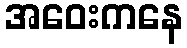
အဝေးကနေ